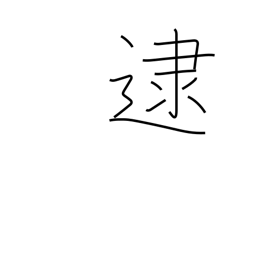
Meaning: apprehend